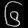
Digit: ၆